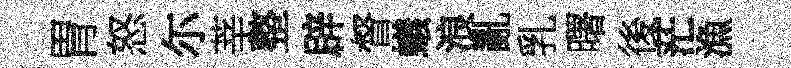
胃怒尓莘整辟督蟻浪亂乳曙後茫漁